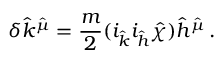
\delta { \hat { k } } ^ { \hat { \mu } } = \frac { m } { 2 } ( i _ { \hat { k } } i _ { \hat { h } } { \hat { \chi } } ) { \hat { h } } ^ { \hat { \mu } } \, .